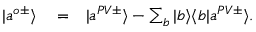
\begin{array} { r l r } { | a ^ { o \pm } \rangle } & { { } = } & { | a ^ { P V \pm } \rangle - \sum _ { b } | b \rangle \langle b | a ^ { P V \pm } \rangle . } \end{array}